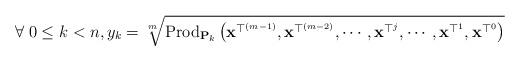
LaTeX: \begin{align*}\forall\;0\le k<n,y_{k}=\sqrt[m]{\mbox{Prod}_{\mathbf{P}_{k}}\left(\mathbf{x}^{\top^{\left(m-1\right)}},\mathbf{x}^{\top^{\left(m-2\right)}},\cdots,\mathbf{x}^{\top^{j}},\cdots,\mathbf{x}^{\top^{1}},\mathbf{x}^{\top^{0}}\right)}\end{align*}